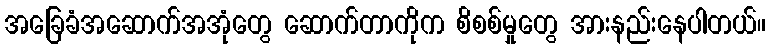
အခြေခံအဆောက်အအုံတွေ ဆောက်တာကိုက စိစစ်မှုတွေ အားနည်းနေပါတယ်။